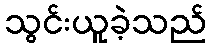
သွင်းယူခဲ့သည်